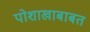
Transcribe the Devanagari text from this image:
पोशाखाबाबत